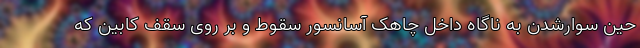
حین سوارشدن به ناگاه داخل چاهک آسانسور سقوط و بر روی سقف کابین که